DOW-UAP-D49, Launch Summary, Vandenberg AFB, 2000
Agency: Department of War
Incident date: 2/3/00
Page 16
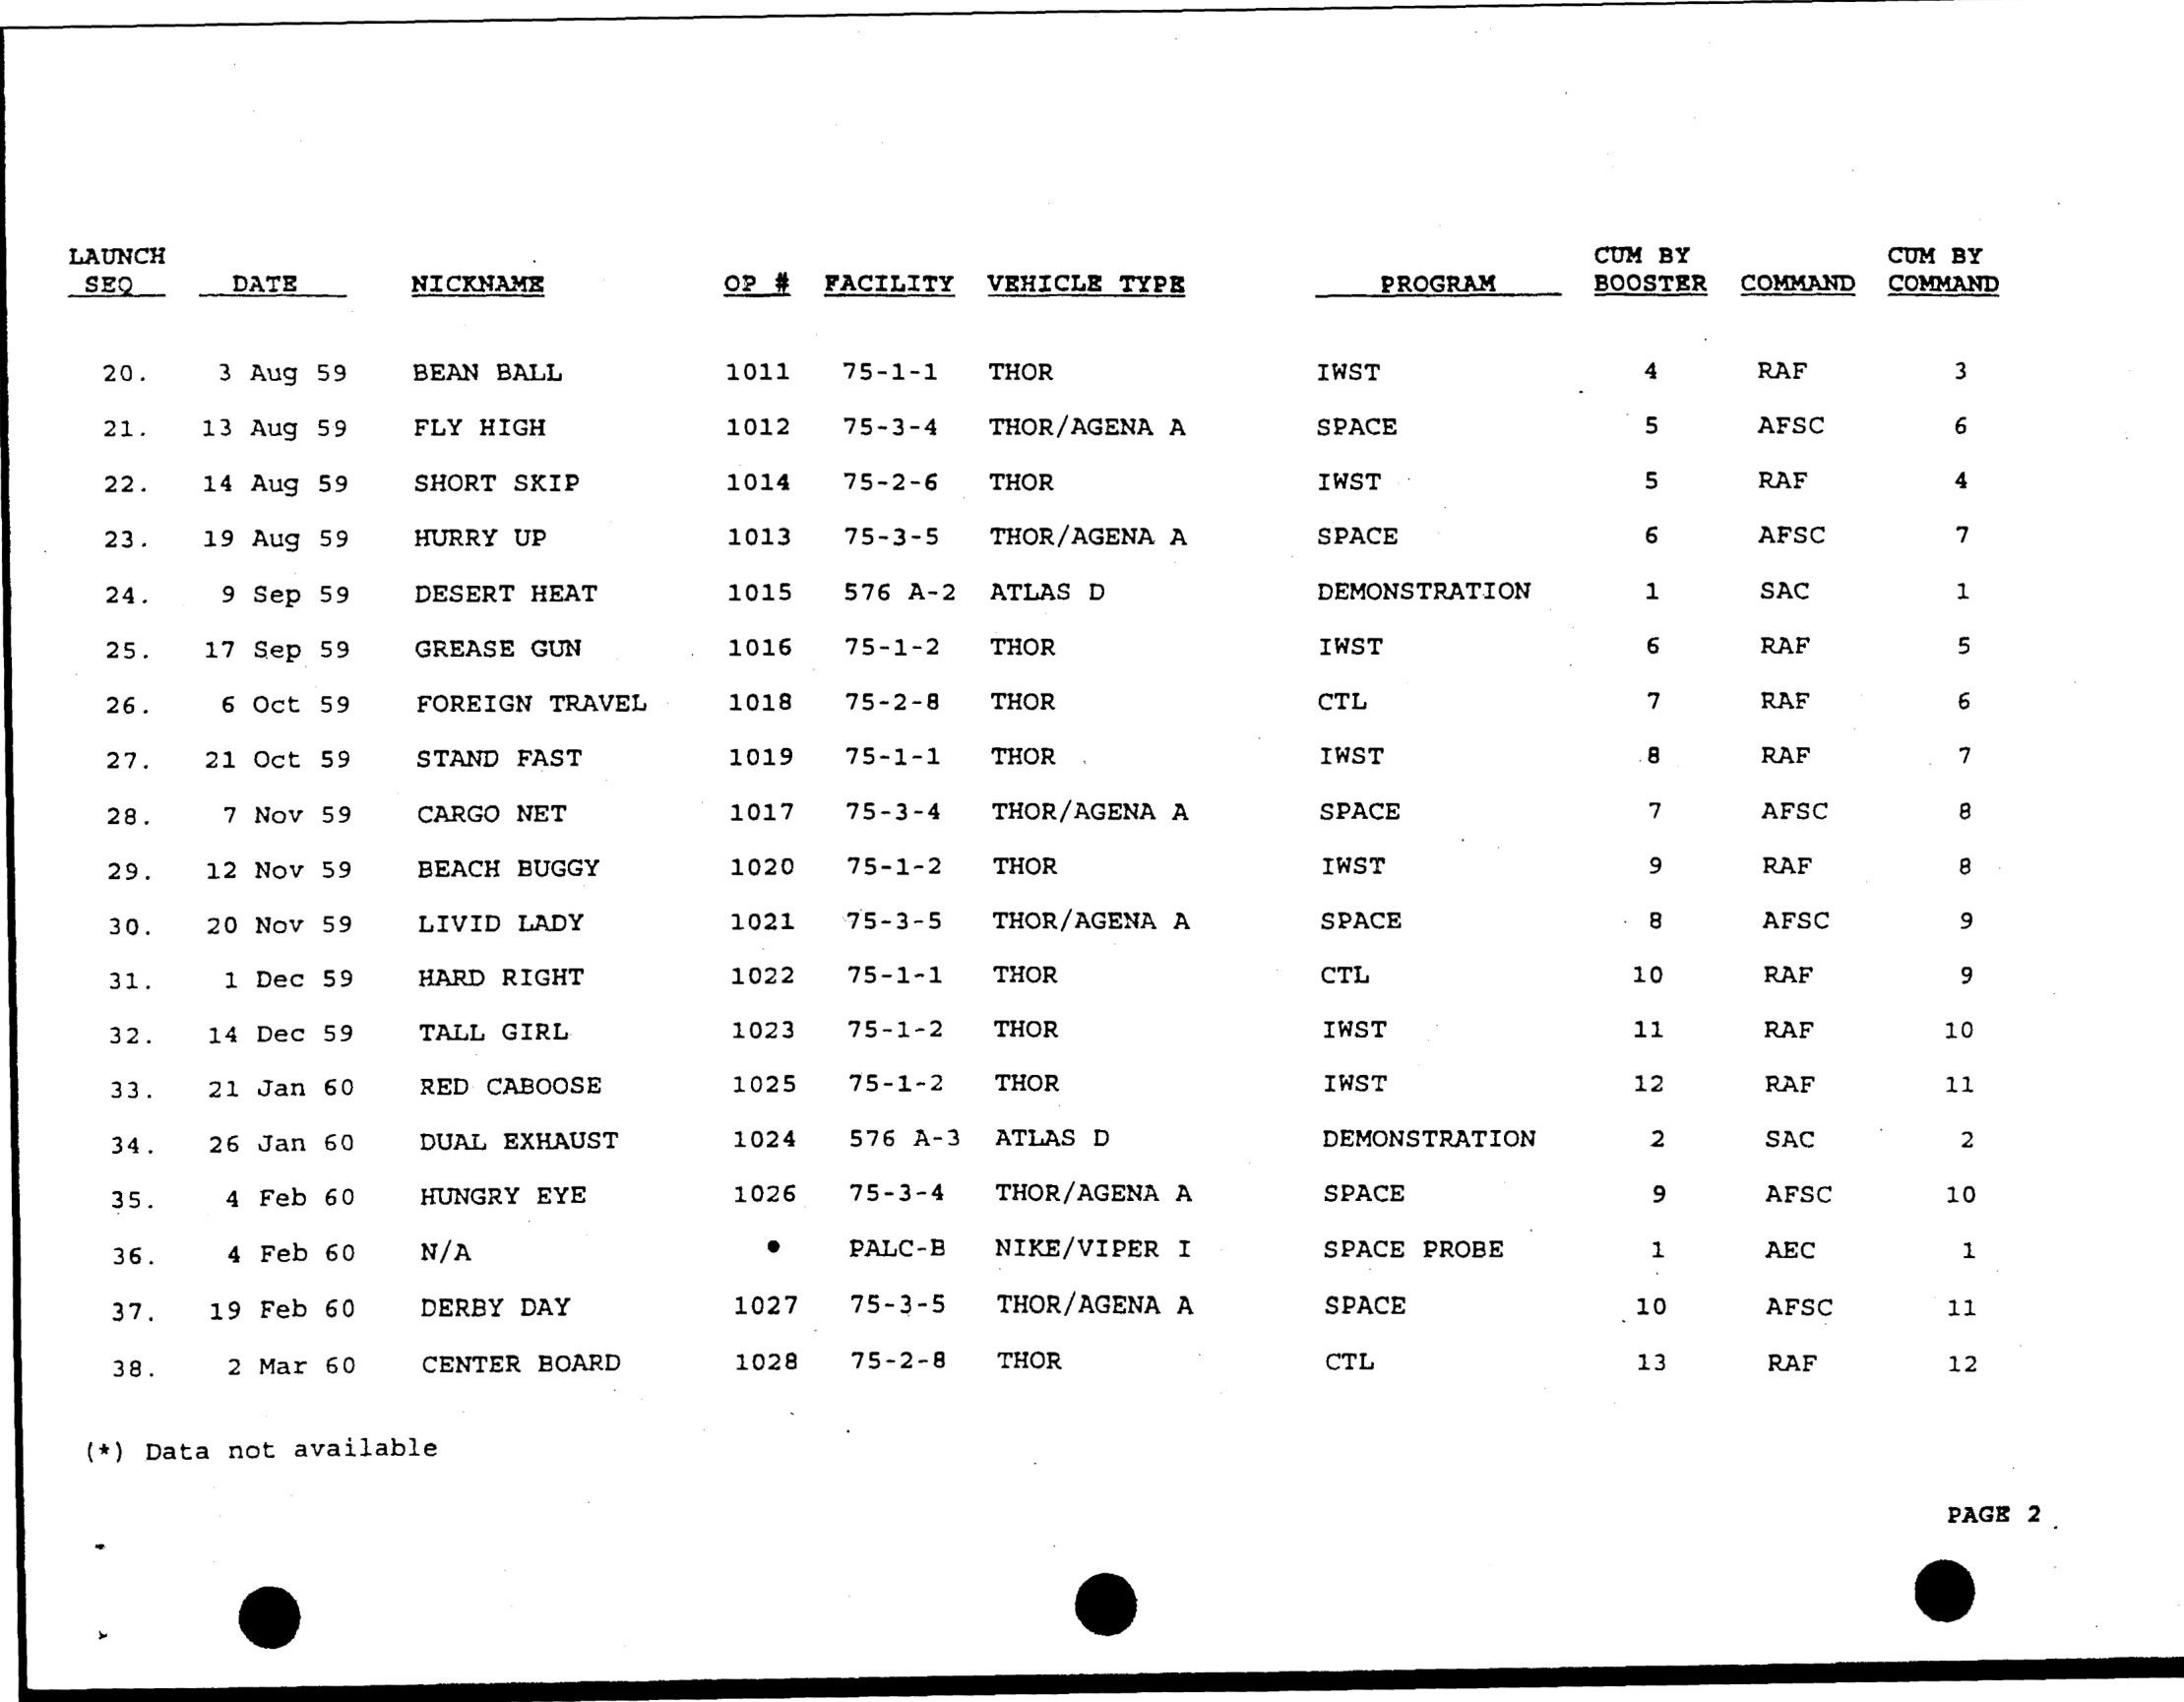